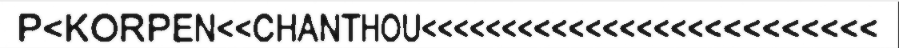
P<KORPEN<<CHANTHOU<<<<<<<<<<<<<<<<<<<<<<<<<<